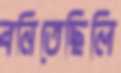
বনিতেছিলি